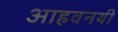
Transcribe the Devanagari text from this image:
आहवनयी